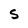
Character: S